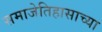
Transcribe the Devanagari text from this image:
समाजेतिहासाच्या